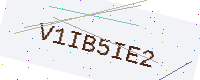
Text: V1IB5IE2